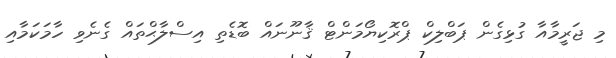
މި ޖަރީމާއާ ގުޅިގެން ޕަބްލިކް ޕްރޮކިޔޯމަންޓް ޤާނޫނައް ބޮޑެތި އިސްލާޙްތައް ގެނެވި ހާމަކަމާއި